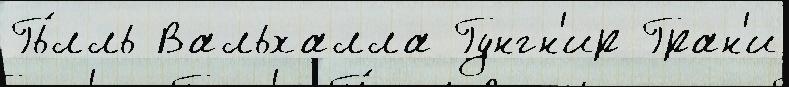
Гь́лль Вальхалла Гунгн'ир Гран'и